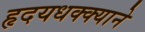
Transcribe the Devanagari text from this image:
हृदयधक्क्याने